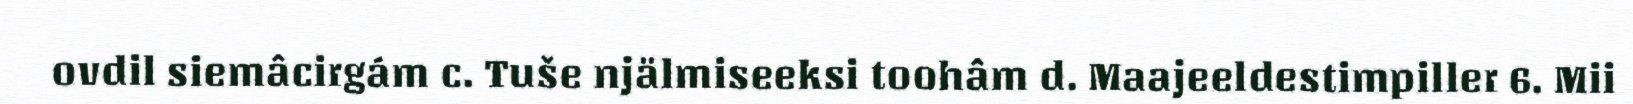
ovdil siemâcirgám c. Tuše njälmiseeksi toohâm d. Maajeeldestimpiller 6. Mii